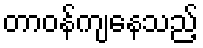
တာဝန်ကျနေသည့်